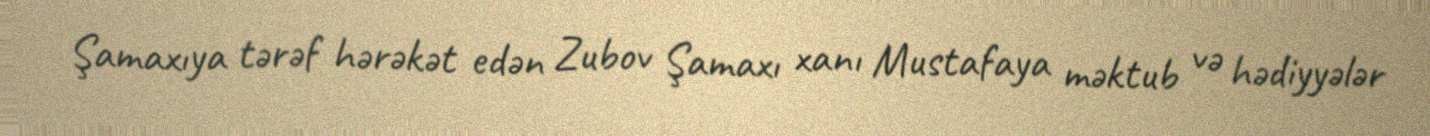
Şamaxıya tərəf hərəkət edən Zubov Şamaxı xanı Mustafaya məktub və hədiyyələr